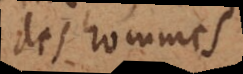
des hommes